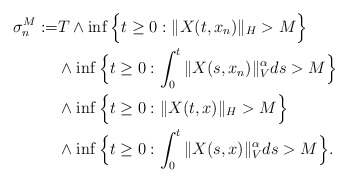
\begin{align*}\sigma_{n}^M := & T\wedge \inf\Big\{t\geq 0: \Vert X(t, x_n)\Vert_H> M \Big\} \\ & \wedge\inf\Big\{t\geq 0: \int_0^t\Vert X(s, x_n)\Vert_{V}^{\alpha}ds >M\Big\} \\ & \wedge \inf\Big\{t\geq 0: \Vert X(t, x)\Vert_H> M \Big\} \\ & \wedge\inf\Big\{t\geq 0: \int_0^t\Vert X(s, x)\Vert_{V}^{\alpha}ds >M\Big\} .\end{align*}